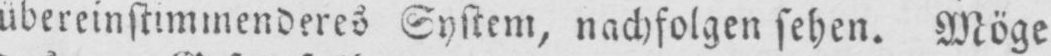
übereinstimmenderes System, nachfolgen sehen. Möge